Annual report of the Punjab Veterinary College and of the Civil Veterinary Department, Punjab - 1920-1925
Year: 1920
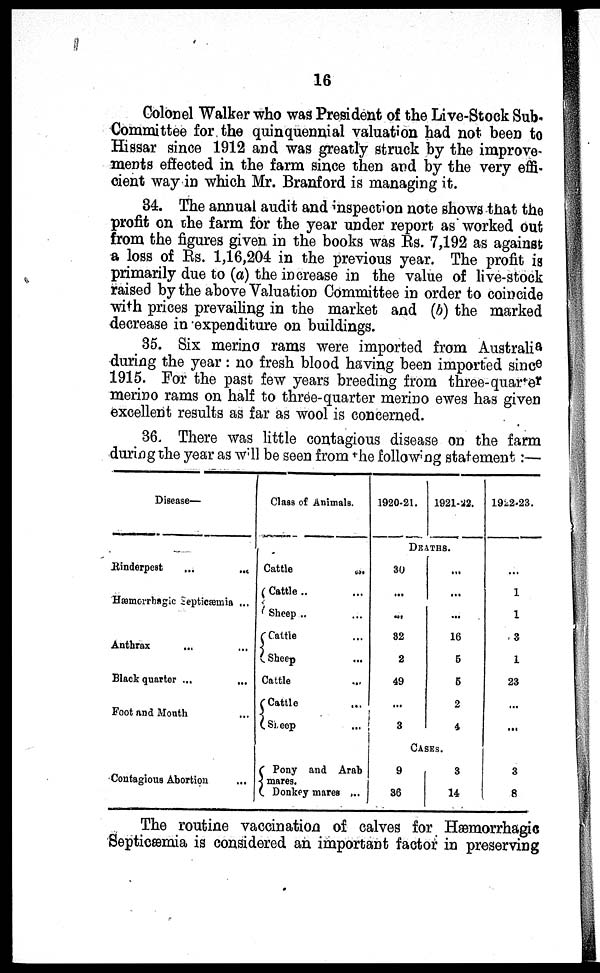
16
Colonel Walker who was President of the Live-Stock Sub-
Committee for the quinquennial valuation had not been to
Hissar since 1912 and was greatly struck by the improve-
ments effected in the farm since then and by the very effi-
cient way in which Mr. Branford is managing it.
34. The annual audit and inspection note shows that the
profit on the farm for the year under report as worked out
from the figures given in the books was Rs. 7,192 as against
a loss of Rs. 1,16,204 in the previous year. The profit is
primarily due to (a) the increase in the value of live-stock
raised by the above Valuation Committee in order to coincide
with prices prevailing in the market and (b) the marked
decrease in expenditure on buildings.
35. Six merino rams were imported from Australia
during the year: no fresh blood having been imported since
1915. For the past few years breeding from three-quarter
merino rams on half to three-quarter merino ewes has given
excellent results as far as wool is concerned.
36. There was little contagious disease on the farm
during the year as will be seen from the following statement:—
Di sease—
Rinderpest ...
...
Hæmerrhagi c Sept i cæmi a ...
Anthrax
Bl ack quarter ...
Foot and Mout h ...
Cont agi ous Abort i on
Class of Ani mal s.
Cattle
...
Cattle .. ...
Sheep .. ...
Cattle . . .
Sheep ...
Cattle
Cattle ...
Sheep ...
Pony and Arab
mares. Donkey mares ...
1920-21. 1921-22.
DEATHS.
30
...
...
32
2
49
...
3
...
...
...
16
5
5
2
4
CASES.
9
36
3
14
1922-23.
...
1
1
3
1
23
...
...
3
8
The routine vaccination of calves for Hæmorrhagic
Septicæmia is considered an important factor in preserving